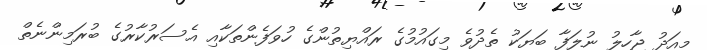
މިއަދު ޖާހިލު ނުލަފާ ބަޔަކު ތެދުވެ މިގައުމުގެ ރައްޔިތުންގެ ހުވަފެންތަކާއި އެސަރުކާރުގެ ބުރަމިންނެތް